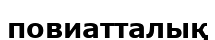
повиатталық